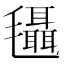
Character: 𣰼